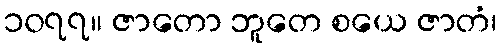
၁၀၇၇။ ဇာတော ဘူတေ စယေ ဇာတံ၊